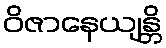
ဝိဇာနေယျန္တိ